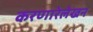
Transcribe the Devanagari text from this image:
करणारेलेखन